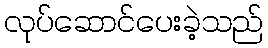
လုပ်ဆောင်ပေးခဲ့သည်